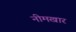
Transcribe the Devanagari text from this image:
नीमखार